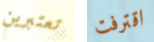
تعتبرين اقترفت